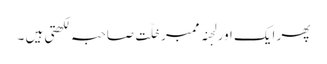
پھر ایک اور لجنہ ممبر خلّت صاحبہ لکھتی ہیں ۔